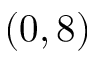
( 0 , 8 )